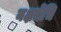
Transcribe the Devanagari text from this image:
नक्षत्रेभि